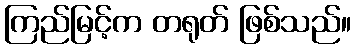
ကြည်မြင့်က တရုတ် ဖြစ်သည်။